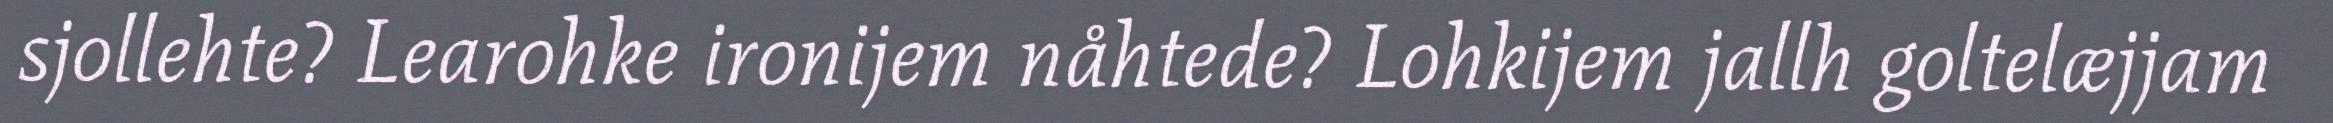
sjollehte? Learohke ironijem nåhtede? Lohkijem jallh goltelæjjam